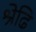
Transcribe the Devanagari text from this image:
श्रेढि